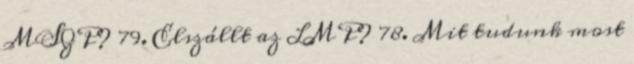
MSZP? 79. Elszállt az LMP? 78. Mit tudunk most